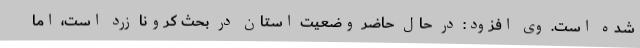
شده است. وی افزود: در حال حاضر وضعیت استان در بحث کرونا زرد است، اما